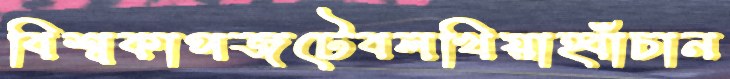
বিশ্বকাপজটেবলখিয়াহ্বাঁচান